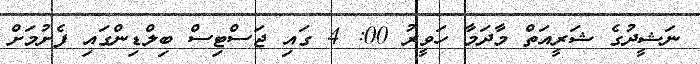
ނަޝީދުގެ ޝަރީއަތް މާދަމާ ހަވީރު 00: 4 ގައި ޖަސްޓިސް ބިލްޑިންގައި ފެށުމަށް